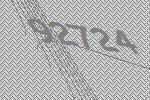
92724